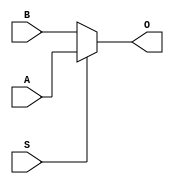
module MUX_FSK(input [11:0] A, output wire[11:0] O,
               input [11:0] B,
               input S);

  assign O = S? A : B ;

endmodule